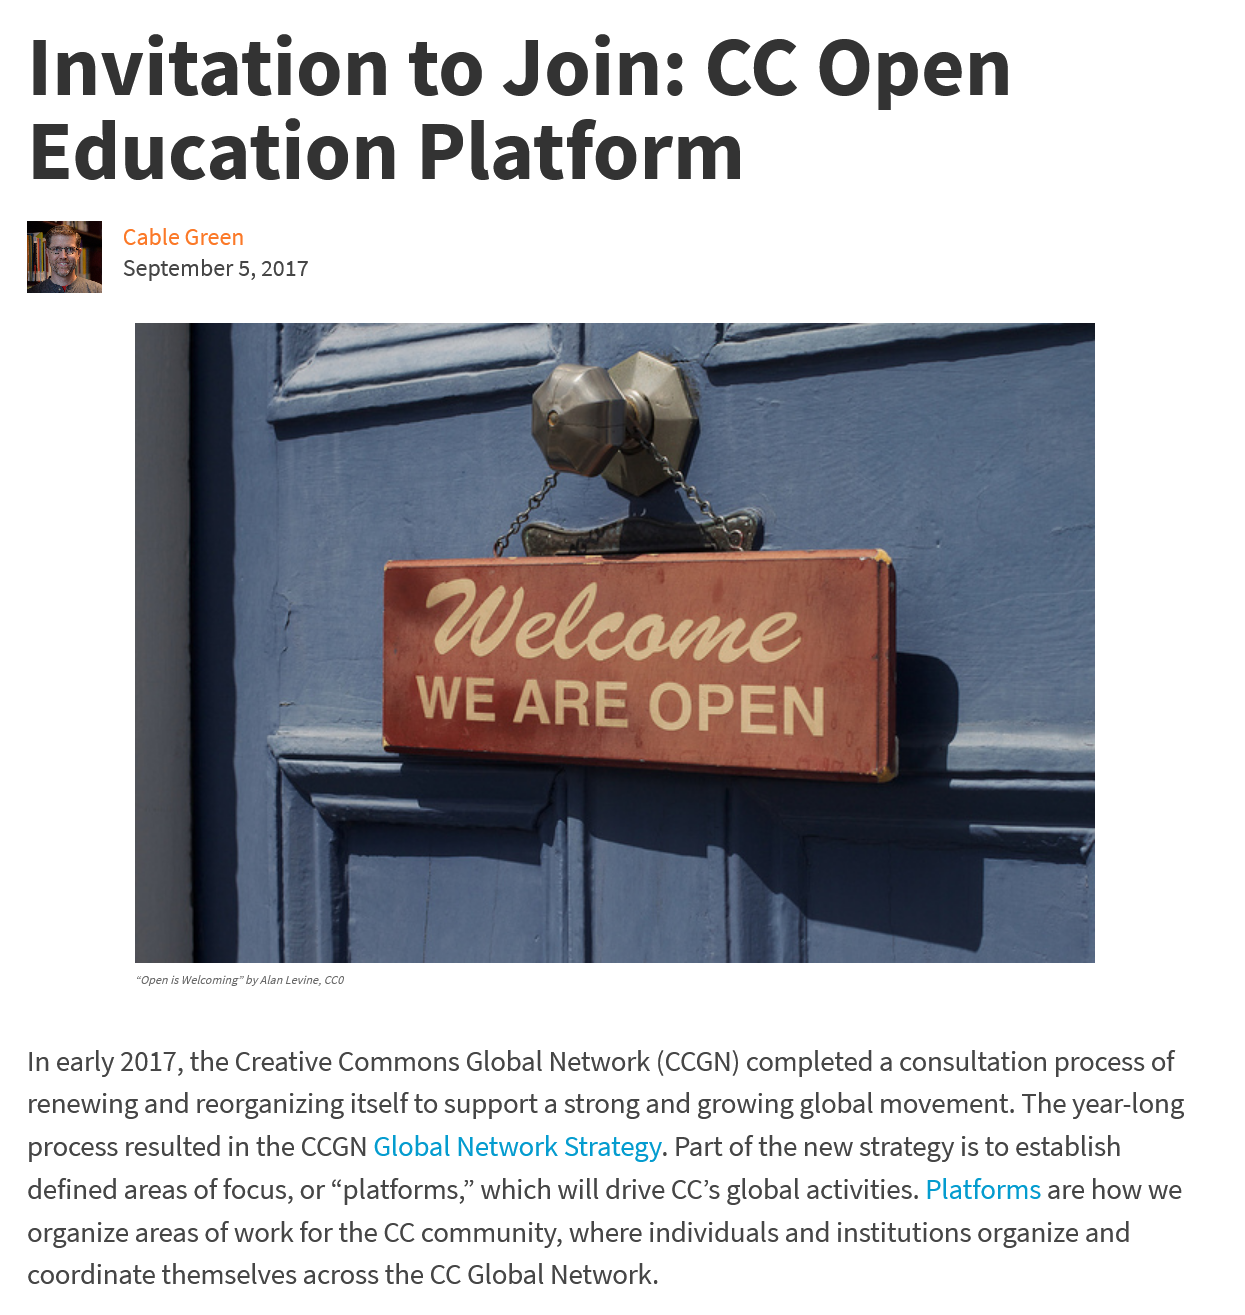
Invitation    to    Join:    CC    Open
   Education    Platform
     Cable Green
     September 5, 2017

     “Open is Welcoming” by Alan Levine, CCO
   In early 2017, the Creative Commons Global Network (CCGN) completed a consultation process of
   renewing and reorganizing itself to support a strong and growing global movement. The year-long
   process resulted in the CCGN Global Network Strategy. Part of the new strategy is to establish
   defined areas of focus, or “platforms,” which will drive CC’s global activities. Platforms are how we
   organize areas of work for the CC community, where individuals and institutions organize and
   coordinate themselves across the CC Global Network.